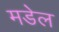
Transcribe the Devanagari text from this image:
मडेल